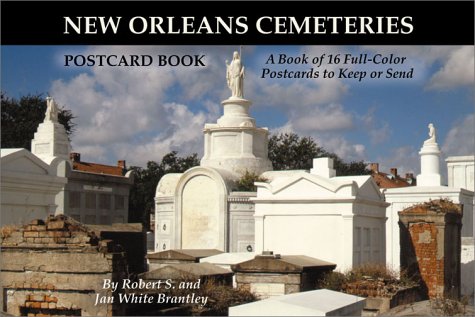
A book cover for New Orleans Cemeteries Postcard Book; Travel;